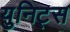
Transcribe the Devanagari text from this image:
युनिट्स